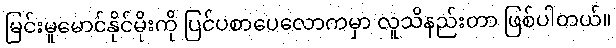
မြင်းမူမောင်နိုင်မိုးကို ပြင်ပစာပေလောကမှာ လူသိနည်းတာ ဖြစ်ပါတယ်။